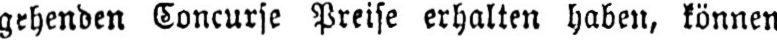
gehenden Concurse Preise erhalten habe, können